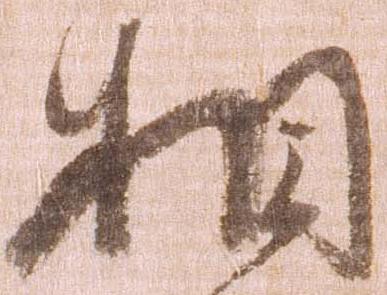
相